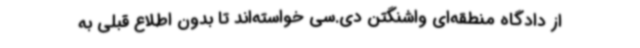
از دادگاه منطقه‌ای واشنگتن دی.سی خواسته‌اند تا بدون اطلاع قبلی به